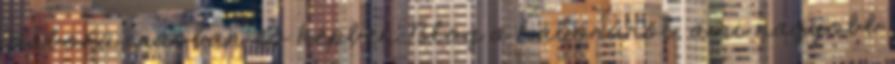
Háború írásban és képben Blog a háborúról, ami nagyobb